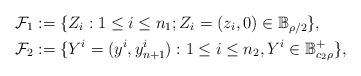
LaTeX: \begin{align*}&\mathcal{F}_1:=\{Z_i: 1\leq i\leq n_1; Z_{i}=(z_{i}, 0)\in \mathbb{B}_{\rho/2}\},\\ &\mathcal{F}_2:=\{Y^i=(y^{i}, y^i_{n+1}): 1\leq i \leq n_2, Y^{i}\in \mathbb{B}_{c_{2}\rho}^{+}\},\end{align*}